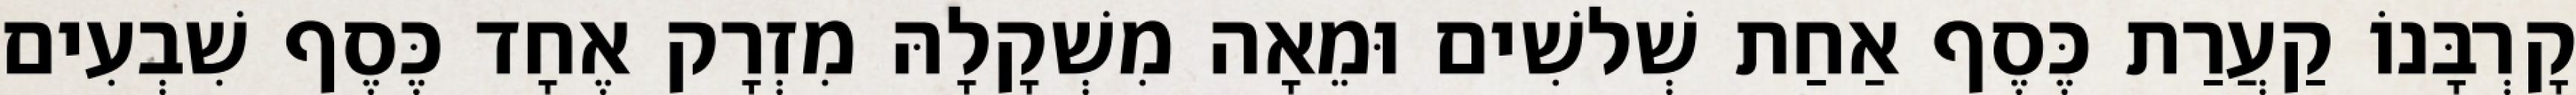
קָרְבָּנוֹ קַעֲרַת כֶּסֶף אַחַת שְׁלשִׁים וּמֵאָה מִשְׁקָלָהּ מִזְרָק אֶחָד כֶּסֶף שִׁבְעִים